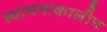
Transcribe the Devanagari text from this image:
स्थापनाकालीन